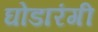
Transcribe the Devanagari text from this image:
घोडारंगी